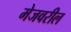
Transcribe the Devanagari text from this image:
मेजवरील